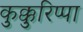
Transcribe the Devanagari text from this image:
कुक्कुरिप्पा